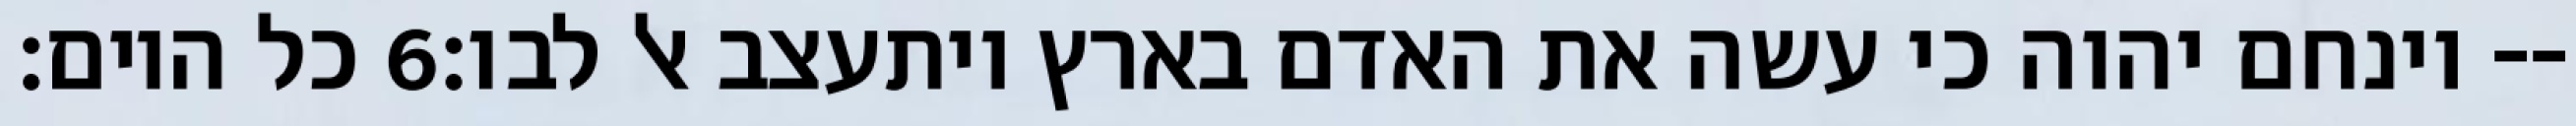
כל היום׃ ‎6‏ וינחם יהוה כי עשה את האדם בארץ ויתעצב אל לבו׃--